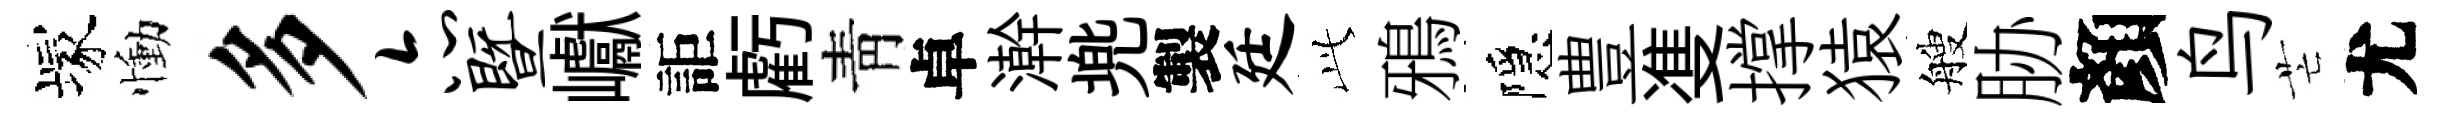
塚慟多亦暨巘詎虧靑卓澣兠製廷𬼘鴉隱豊㕠撑猿艘胁顏鸟芒尤